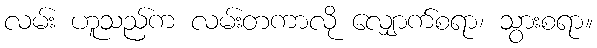
လမ်း ဟူသည်က လမ်းတကာလို လျှောက်စရာ၊ သွားစရာ။